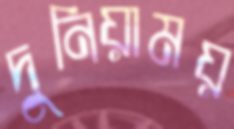
দুনিয়াময়